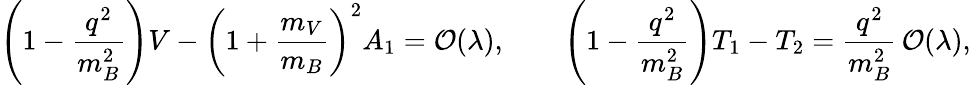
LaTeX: \left(1-\frac{q^{2}}{m_{B}^{2}}\right)V-\left(1+\frac{m_{V}}{m_{B}}\right)^{2}A_{1}={\cal O}(\lambda),\qquad\left(1-\frac{q^{2}}{m_{B}^{2}}\right)T_{1}-T_{2}=\frac{q^{2}}{m_{B}^{2}}\, {\cal O}(\lambda),